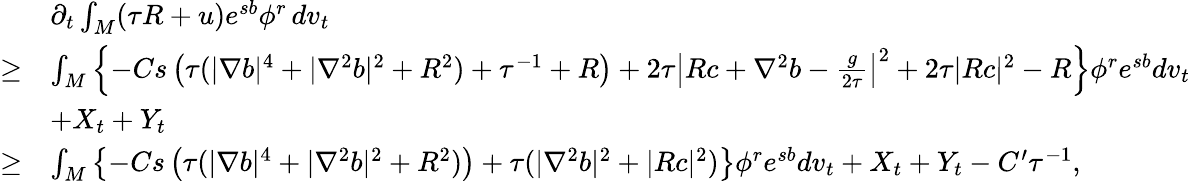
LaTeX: \begin{array}{rl}&{\partial_{t}\int_{M}(\tau R+u)e^{sb}\phi^{r}\, dv_{t}}\\ {\ge}&{\int_{M}\left\{ -Cs\left(\tau(|\nabla b|^{4}+|\nabla^{2}b|^{2}+R^{2})+\tau^{-1}+R\right)+2\tau\left|Rc+\nabla^{2}b-\frac{g}{2\tau}\right|^{2}+2\tau|Rc|^{2}-R\right\} \phi^{r}e^{sb}dv_{t}}\\ &{+X_{t}+Y_{t}}\\ {\ge}&{\int_{M}\left\{ -Cs\left(\tau(|\nabla b|^{4}+|\nabla^{2}b|^{2}+R^{2})\right)+\tau(|\nabla^{2}b|^{2}+|Rc|^{2})\right\} \phi^{r}e^{sb}dv_{t}+X_{t}+Y_{t}-C^{\prime}\tau^{-1},}\end{array}